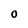
Character: O